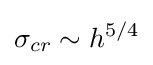
\sigma _{cr}\sim h^{5/4}